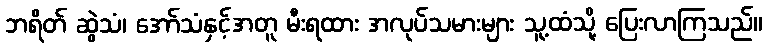
ဘရိတ် ဆွဲသံ၊ အော်သံနှင့်အတူ မီးရထား အလုပ်သမားများ သူ့ထံသို့ ပြေးလာကြသည်။